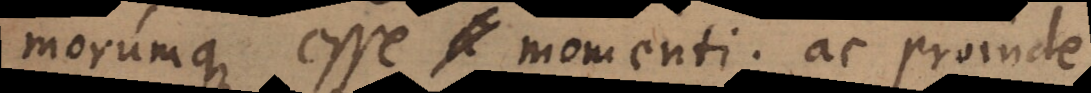
morumque esse momenti; ac proinde